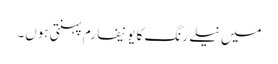
میں نیلے رنگ کا یونیفارم پہنتی ہوں۔